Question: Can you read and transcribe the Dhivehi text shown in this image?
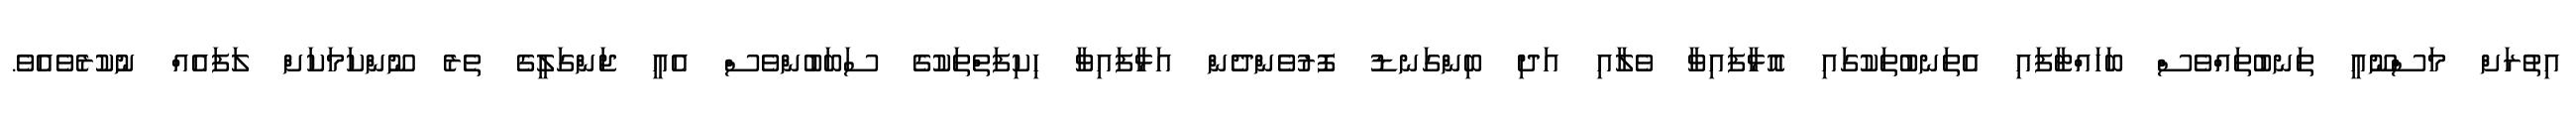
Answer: އިތުރަށް މަސްނޫއީ ތަނބުތައްވެސް ބަހައްޓާފައި އެތަނބުތަކުގައި އޮޅާފައިވާ ވެލާއި އަދި ބިންގަނޑު ފޮރުވެންދެން އަޅާފައިވާ ހިކިފަތްތަކުގެ ސަބަބުންވެސް އެއީ ޖަންގަލީގެ ތެރެ ނޫންކަމަކަށް ލަފައެއް ނުކުރެވެއެވެ.